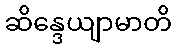
ဆိန္ဒေယျာမာတိ